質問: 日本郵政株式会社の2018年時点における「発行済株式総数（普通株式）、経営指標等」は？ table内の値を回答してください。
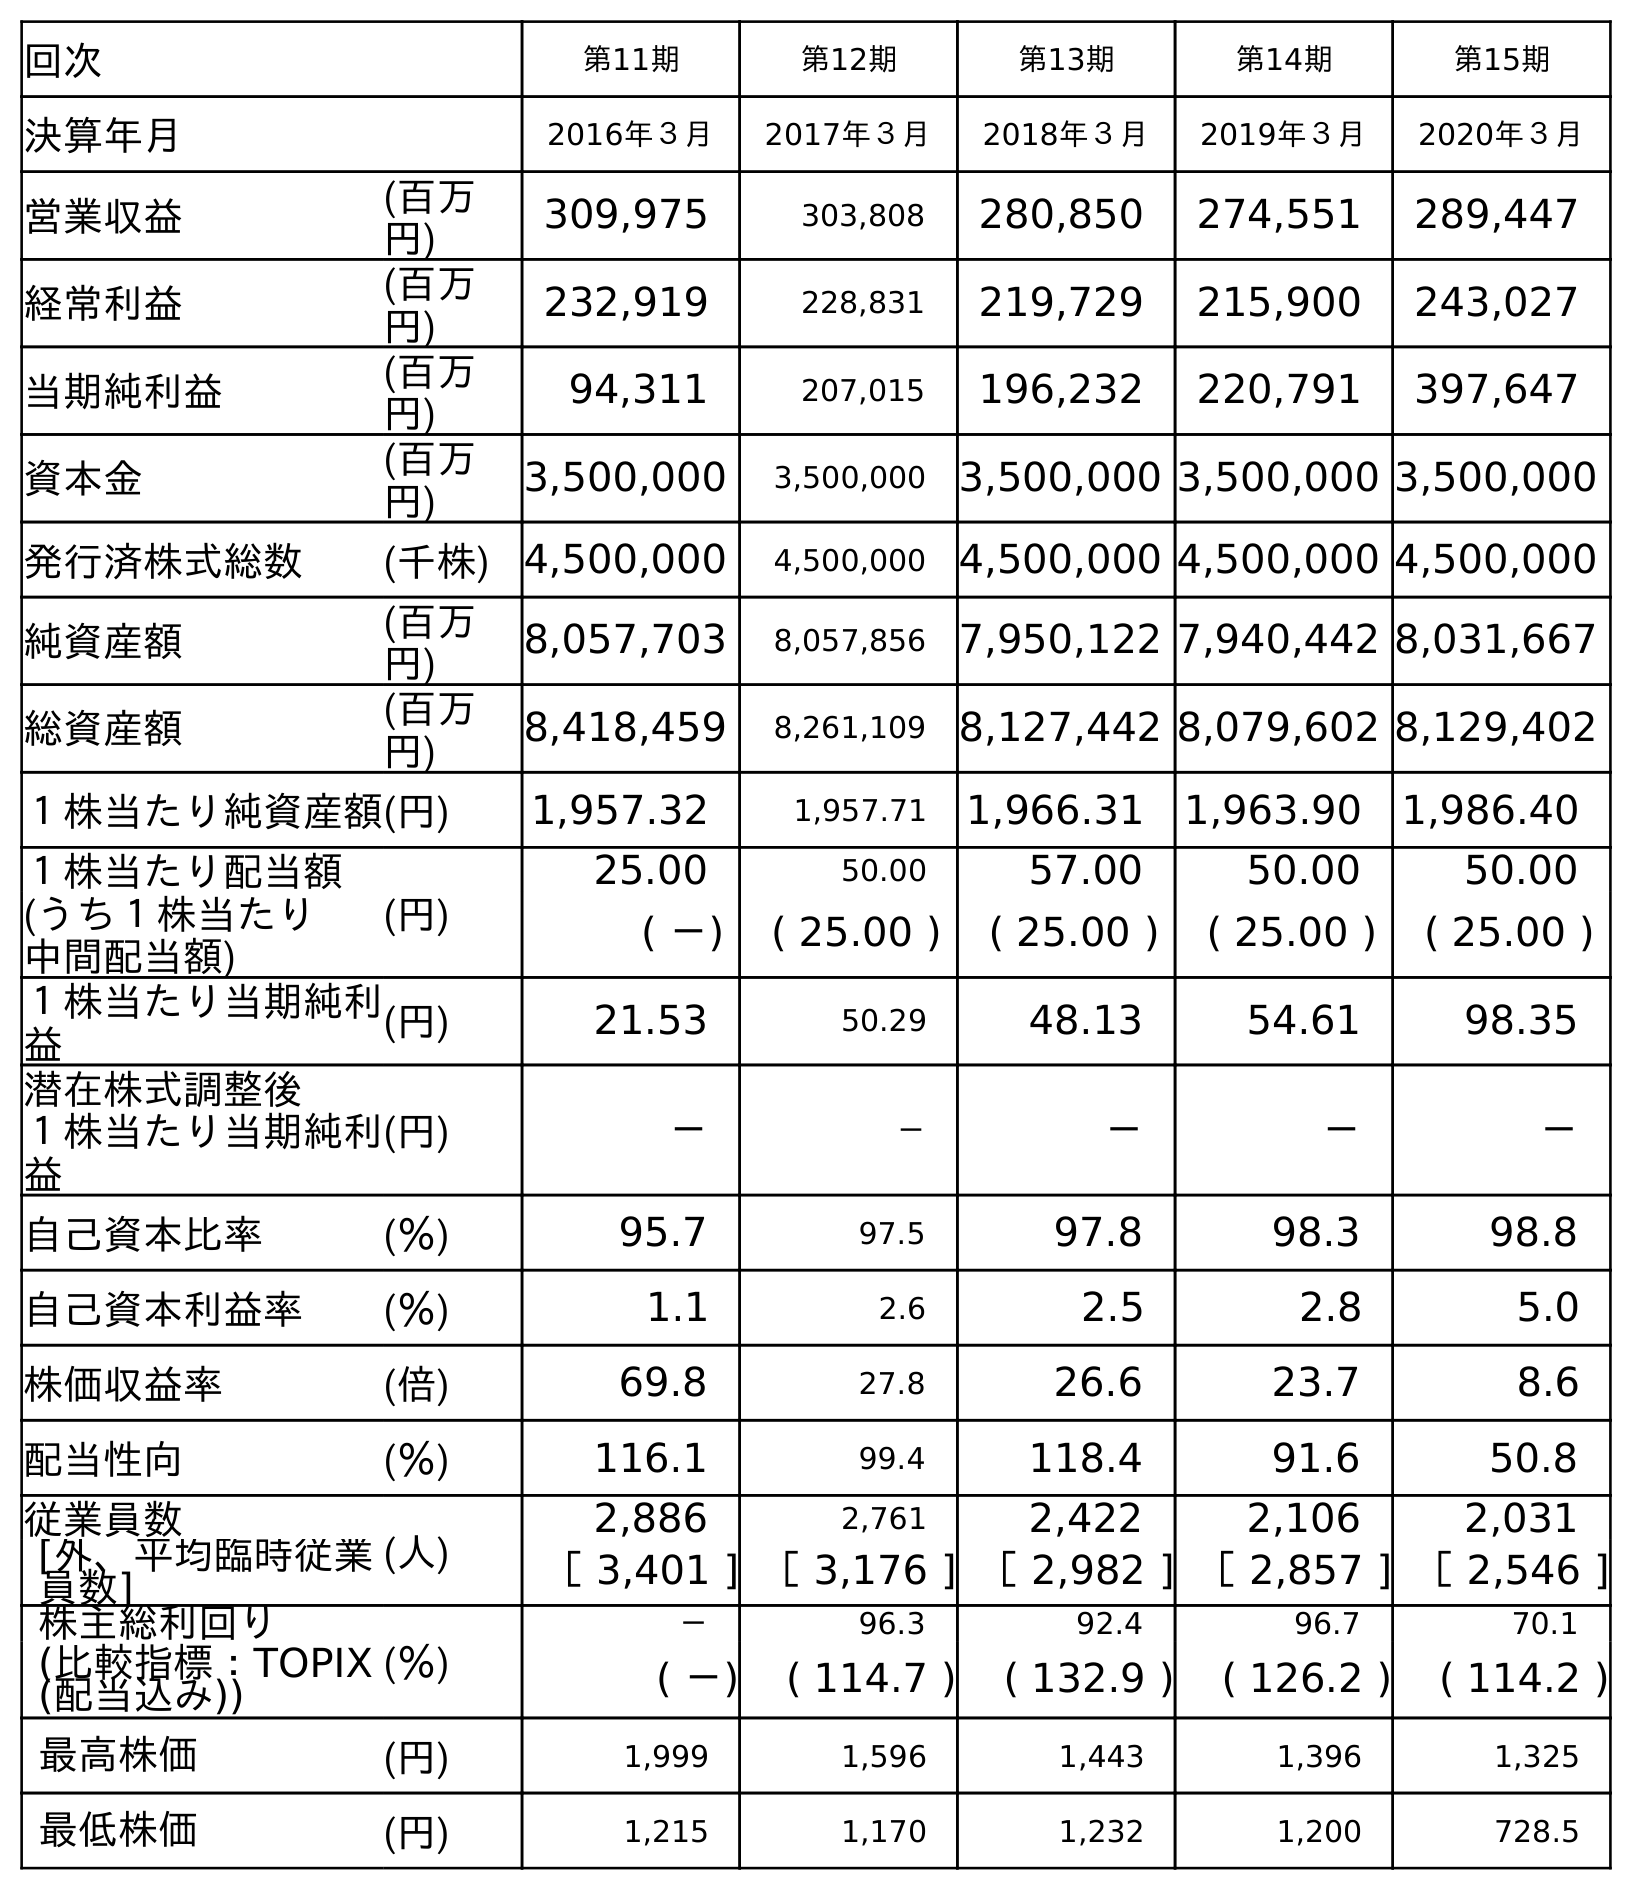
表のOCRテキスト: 回次 第11期 第12期 第13期 第14期 第15期 決算年月 2016年３月 2017年３月 2018年３月 2019年３月 2020年３月 営業収益 (百万 円) 309,975 303,808 280,850 274,551 289,447 経常利益 (百万 円) 232,919 228,831 219,729 215,900 243,027 当期純利益 (百万 円) 94,311 207,015 196,232 220,791 397,647 資本金 (百万 円) 3,500,000 3,500,000 3,500,000 3,500,000 3,500,000 発行済株式総数 (千株) 4,500,000 4,500,000 4,500,000 4,500,000 4,500,000 純資産額 (百万 円) 8,057,703 8,057,856 7,950,122 7,940,442 8,031,667 総資産額 (百万 円) 8,418,459 8,261,109 8,127,442 8,079,602 8,129,402 １株当たり純資産額(円) 1,957.32 1,957.71 1,966.31 1,963.90 1,986.40 １株当たり配当額 (円) 25.00 50.00 57.00 50.00 50.00 (うち１株当たり 中間配当額) ( －) ( 25.00 ) ( 25.00 ) ( 25.00 ) ( 25.00 ) １株当たり当期純利 益 (円) 21.53 50.29 48.13 54.61 98.35 潜在株式調整後 １株当たり当期純利 益 (円) － － － － － 自己資本比率 (％) 95.7 97.5 97.8 98.3 98.8 自己資本利益率 (％) 1.1 2.6 2.5 2.8 5.0 株価収益率 (倍) 69.8 27.8 26.6 23.7 8.6 配当性向 (％) 116.1 99.4 118.4 91.6 50.8 従業員数 (人) 2,886 2,761 2,422 2,106 2,031 [外、平均臨時従業 員数] ［ 3,401 ] ［ 3,176 ] ［ 2,982 ] ［ 2,857 ] ［ 2,546 ] 株主総利回り (％) － 96.3 92.4 96.7 70.1 (比較指標：TOPIX (配当込み)) ( －) ( 114.7 ) ( 132.9 ) ( 126.2 ) ( 114.2 ) 最高株価 (円) 1,999 1,596 1,443 1,396 1,325 最低株価 (円) 1,215 1,170 1,232 1,200 728.5
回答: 4,500,000